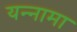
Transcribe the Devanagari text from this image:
यन्‍नामा